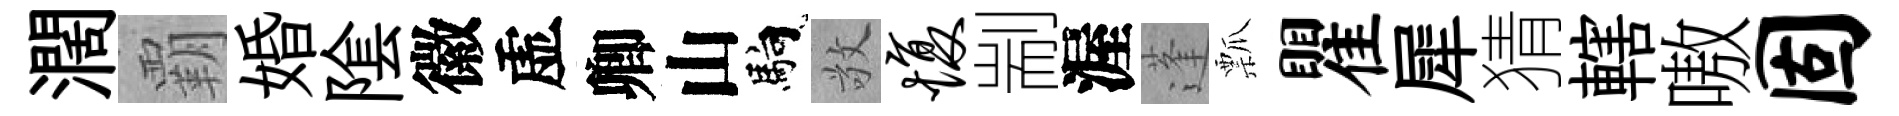
濶覇婚隂徽虚卿山馿敬愎剬渥蓬瓢瞿犀猜轄嗷固